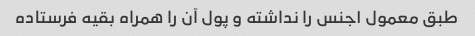
طبق معمول ۱جنس را نداشته و پول آن را همراه بقیه فرستاده